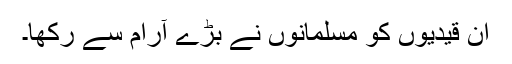
ان قیدیوں کو مسلمانوں نے بڑے آرام سے رکھا۔